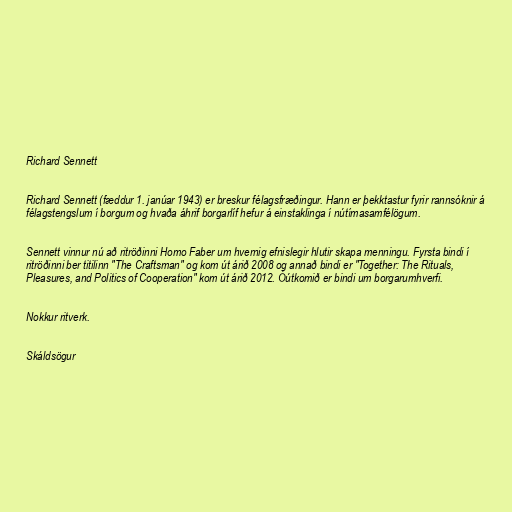
Richard Sennett

Richard Sennett (fæddur 1. janúar 1943) er breskur félagsfræðingur. Hann er þekktastur fyrir rannsóknir á
félagstengslum í borgum og hvaða áhrif borgarlíf hefur á einstaklinga í nútímasamfélögum.

Sennett vinnur nú að ritröðinni Homo Faber um hvernig efnislegir hlutir skapa menningu. Fyrsta bindi í
ritröðinni ber titilinn "The Craftsman" og kom út árið 2008 og annað bindi er "Together: The Rituals,
Pleasures, and Politics of Cooperation" kom út árið 2012. Óútkomið er bindi um borgarumhverfi.

Nokkur ritverk.

Skáldsögur